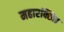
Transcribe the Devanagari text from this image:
महारक्खित